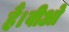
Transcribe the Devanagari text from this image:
हैं।वीओ